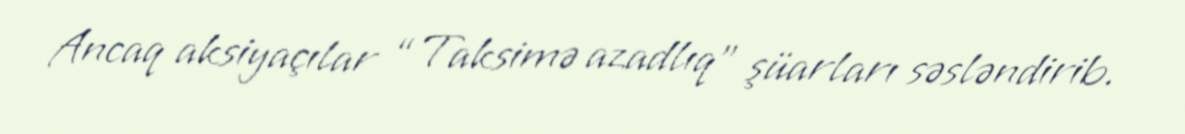
Ancaq aksiyaçılar “Taksimə azadlıq” şüarları səsləndirib.